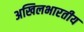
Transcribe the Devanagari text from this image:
अखिलभारतीय